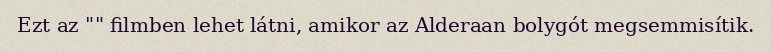
Ezt az "" filmben lehet látni, amikor az Alderaan bolygót megsemmisítik.